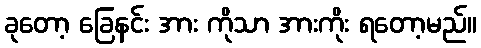
ခုတော့ ခြေနင်း အား ကိုသာ အားကိုး ရတော့မည်။